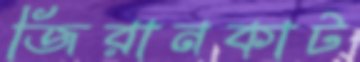
জিরানকাট